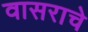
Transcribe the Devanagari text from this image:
वासराचे